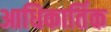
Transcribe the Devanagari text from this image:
आधिकार्तिक